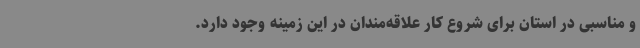
و مناسبی در استان برای شروع کار علاقه‌مندان در این زمینه وجود دارد.